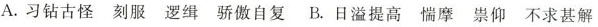
A. 习钻古怪 刻服 逻缉 骄傲自复 B. 日溢提高 惴摩 祟仰 不求甚解